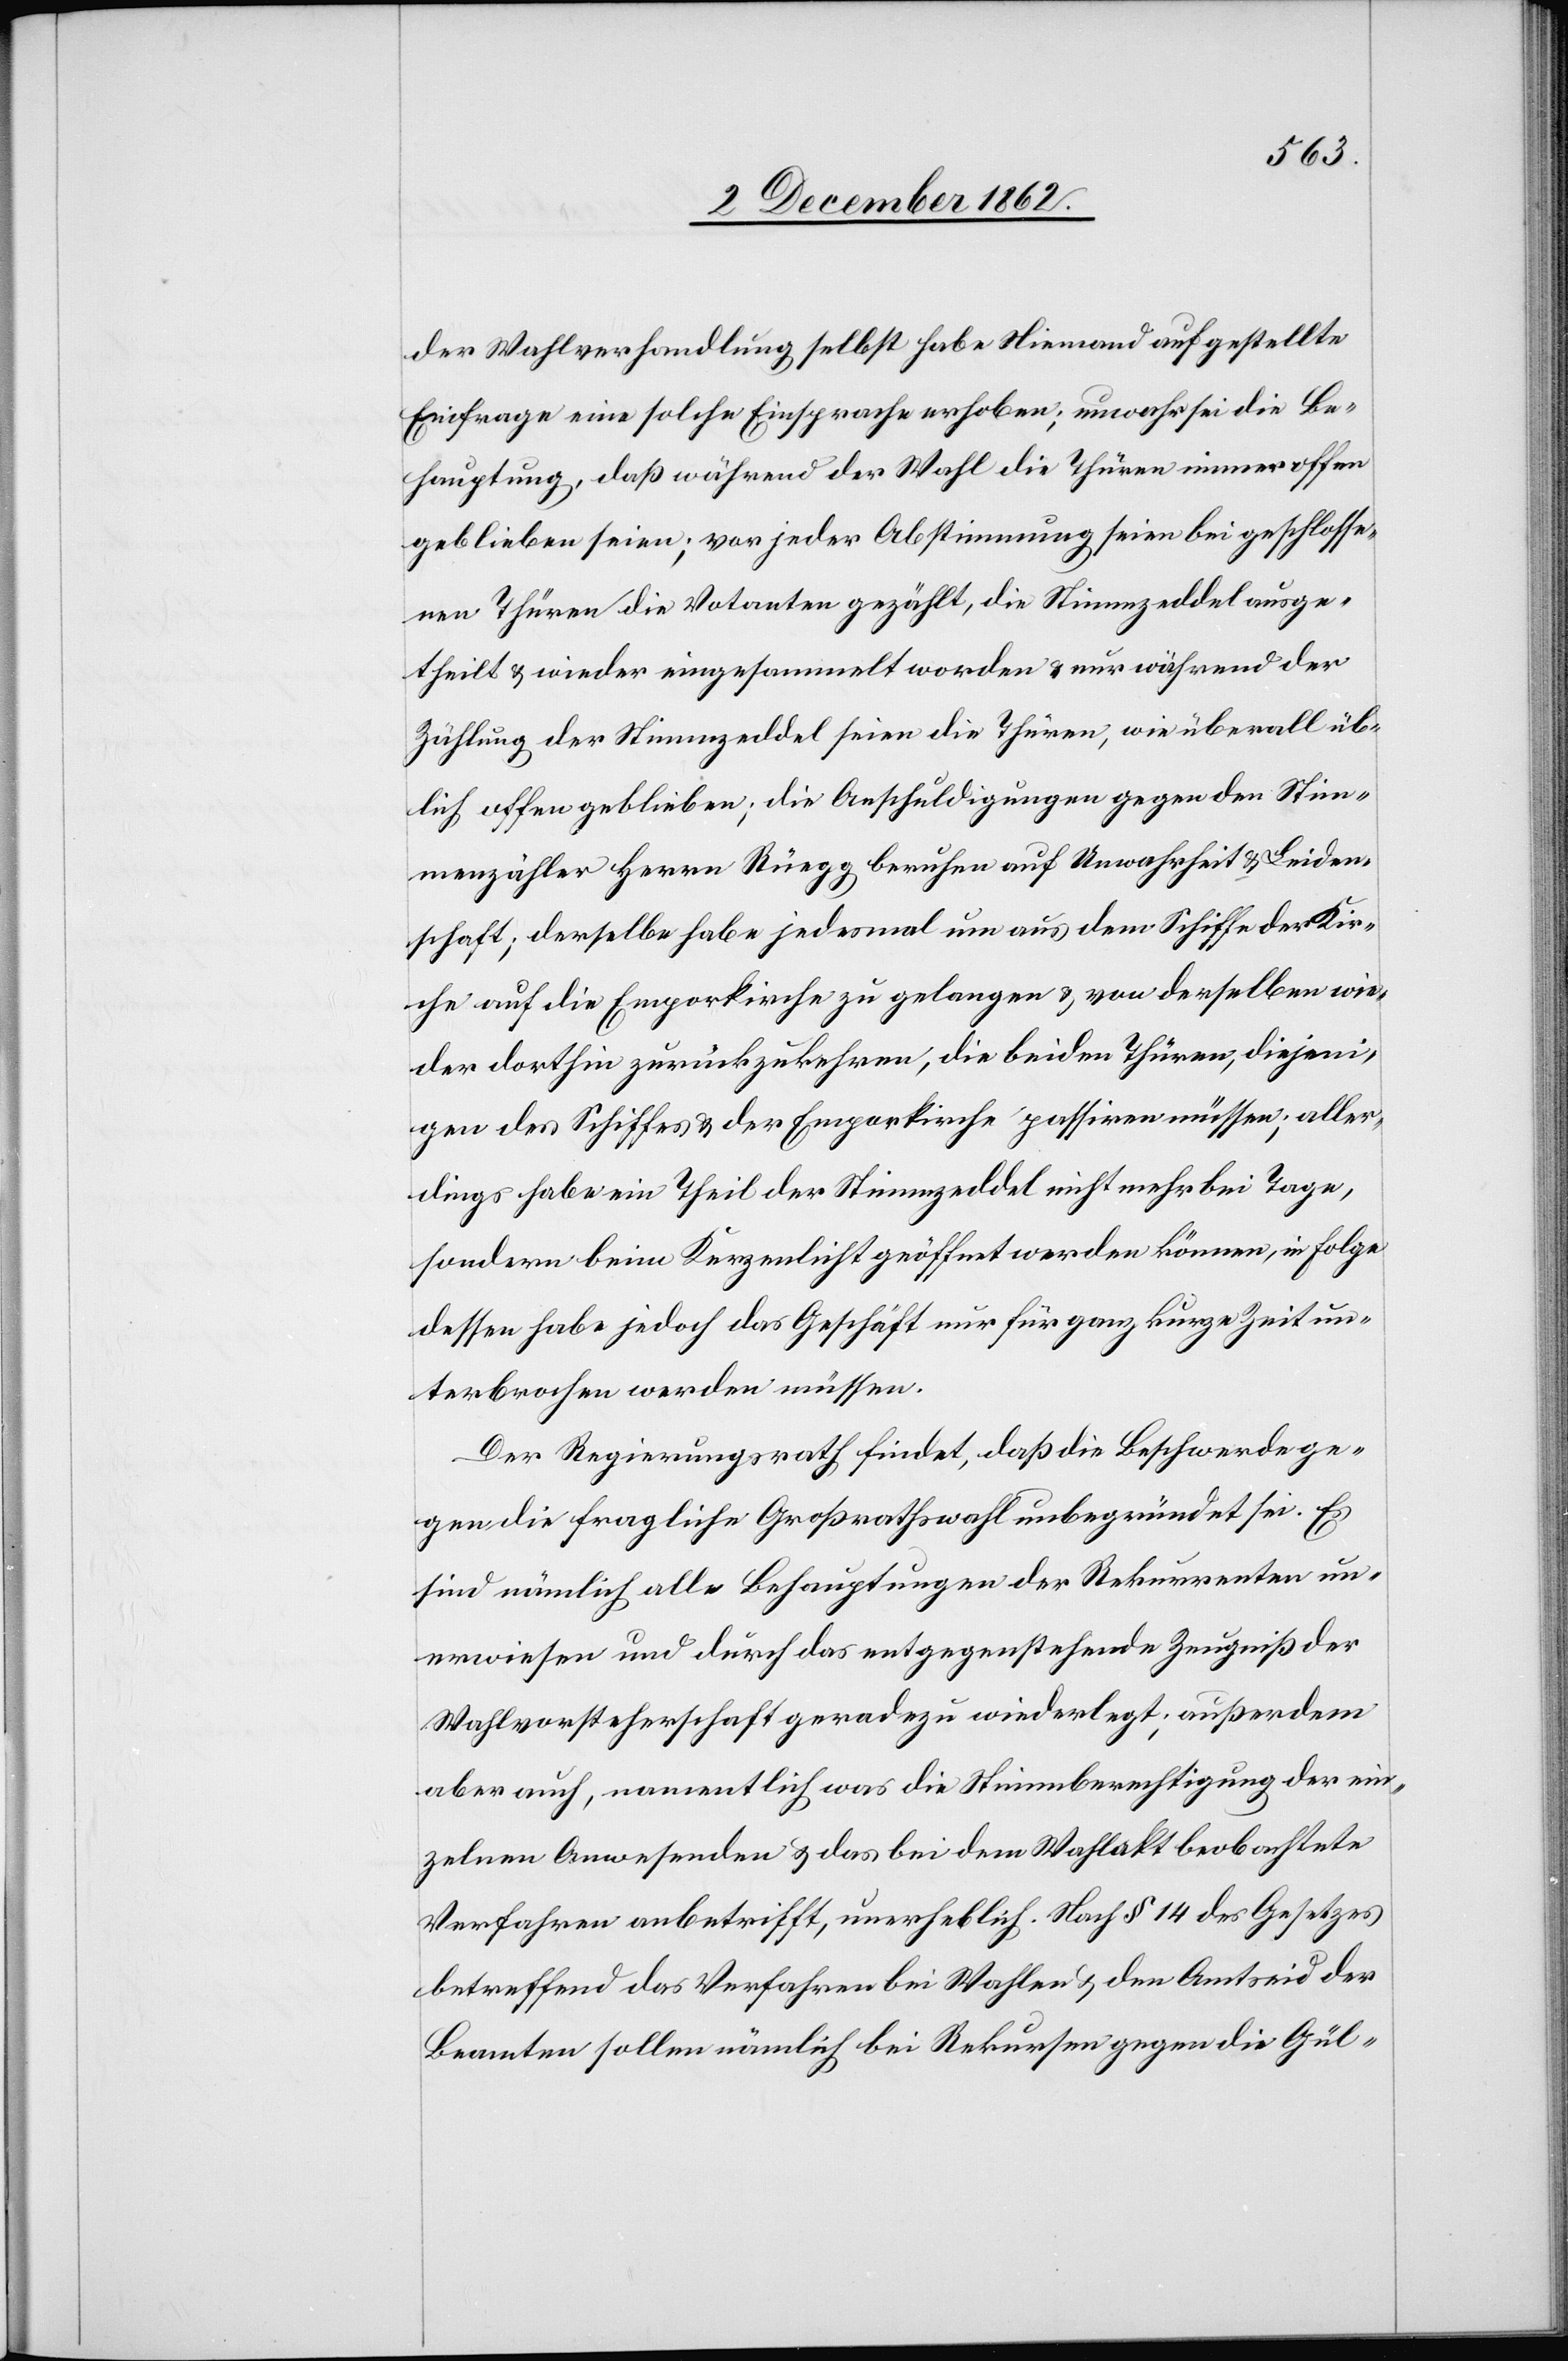
der Wahlverhandlung selbst habe Niemand auf gestellte
Einfrage eine solche Einsprache erhoben; unwahr sei die Be¬
hauptung, da während der Wahl die Thüren immer offen
geblieben seien; vor jeder Abstimmung seien bei geschlosse¬
nen Thüren die Votanten gezählt, die Stimmzeddel ausge¬
theilt u. wieder eingesammelt worden u. nur während der
Zählung der Stimmzeddel seien die Thüren, wie überall üb¬
lich, offen geblieben; die Anschuldigungen gegen den Stim¬
menzähler Herrn Rüegg beruhen auf Unwahrheit u. Leiden¬
schaft; derselbe habe jedesmal um aus dem Schiffe der Kir¬
che auf die Emporkirche zu gelangen u. von derselben wie¬
der dorthin zurückzukehren, die beiden Thüren, diejeni¬
gen des Schiffes u. der Emporkirche passiren müssen; aller¬
dings habe ein Theil der Stimmzeddel nicht mehr bei Tag,
sondern beim Kerzenlicht geöffnet werden können, in Folge
dessen habe jedoch das Geschäft nur für ganz kurze Zeit un¬
terbrochen werden müssen.
Der Regierungsrath findet, daß die Beschwerde ge¬
gen die fragliche Großrathswahl unbegründet sei. Es
sind nämlich alle Behauptungen der Rekurrenten un¬
erwiesen und durch das entgegenstehende Zeugniß der
Wahlvorsteherschaft geradezu wiederlegt; außerdem
aber auch, namentlich was die Stimmberechtigung der ein¬
zelnen Anwesenden u. das bei dem Wahlakt beobachtete
Verfahren anbetrifft, unerheblich. Nach § 14 des Gesetzes
betreffend das Verfahren bei Wahlen u. den Amtseid der
Beamten sollen nämlich bei Rekursen gegen die Gül-